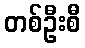
တစ်ဦးစီ